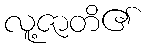
လူ့ဇာတိ၏